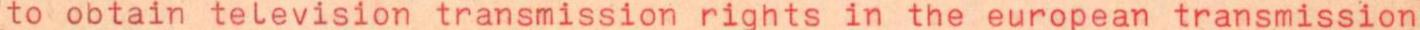
to obtain television transmission rights in the european transmission